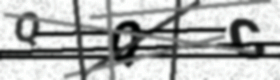
Text: QQC